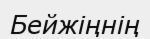
Бейжіңнің